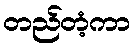
တည်တံ့ကာ